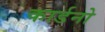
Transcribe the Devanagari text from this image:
कार्डनो